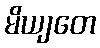
မိယျတေ